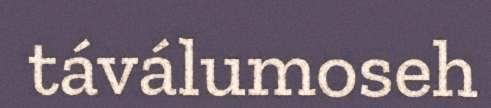
táválumoseh